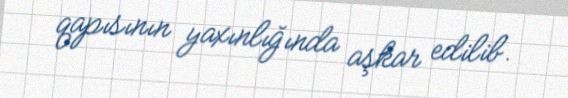
qapısının yaxınlığında aşkar edilib.